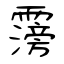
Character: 霶